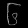
Digit: ၆